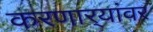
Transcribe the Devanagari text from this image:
करणार्‍यांवर